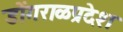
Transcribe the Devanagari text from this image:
डोंगराळप्रदेश